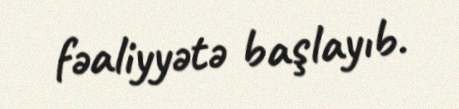
fəaliyyətə başlayıb.